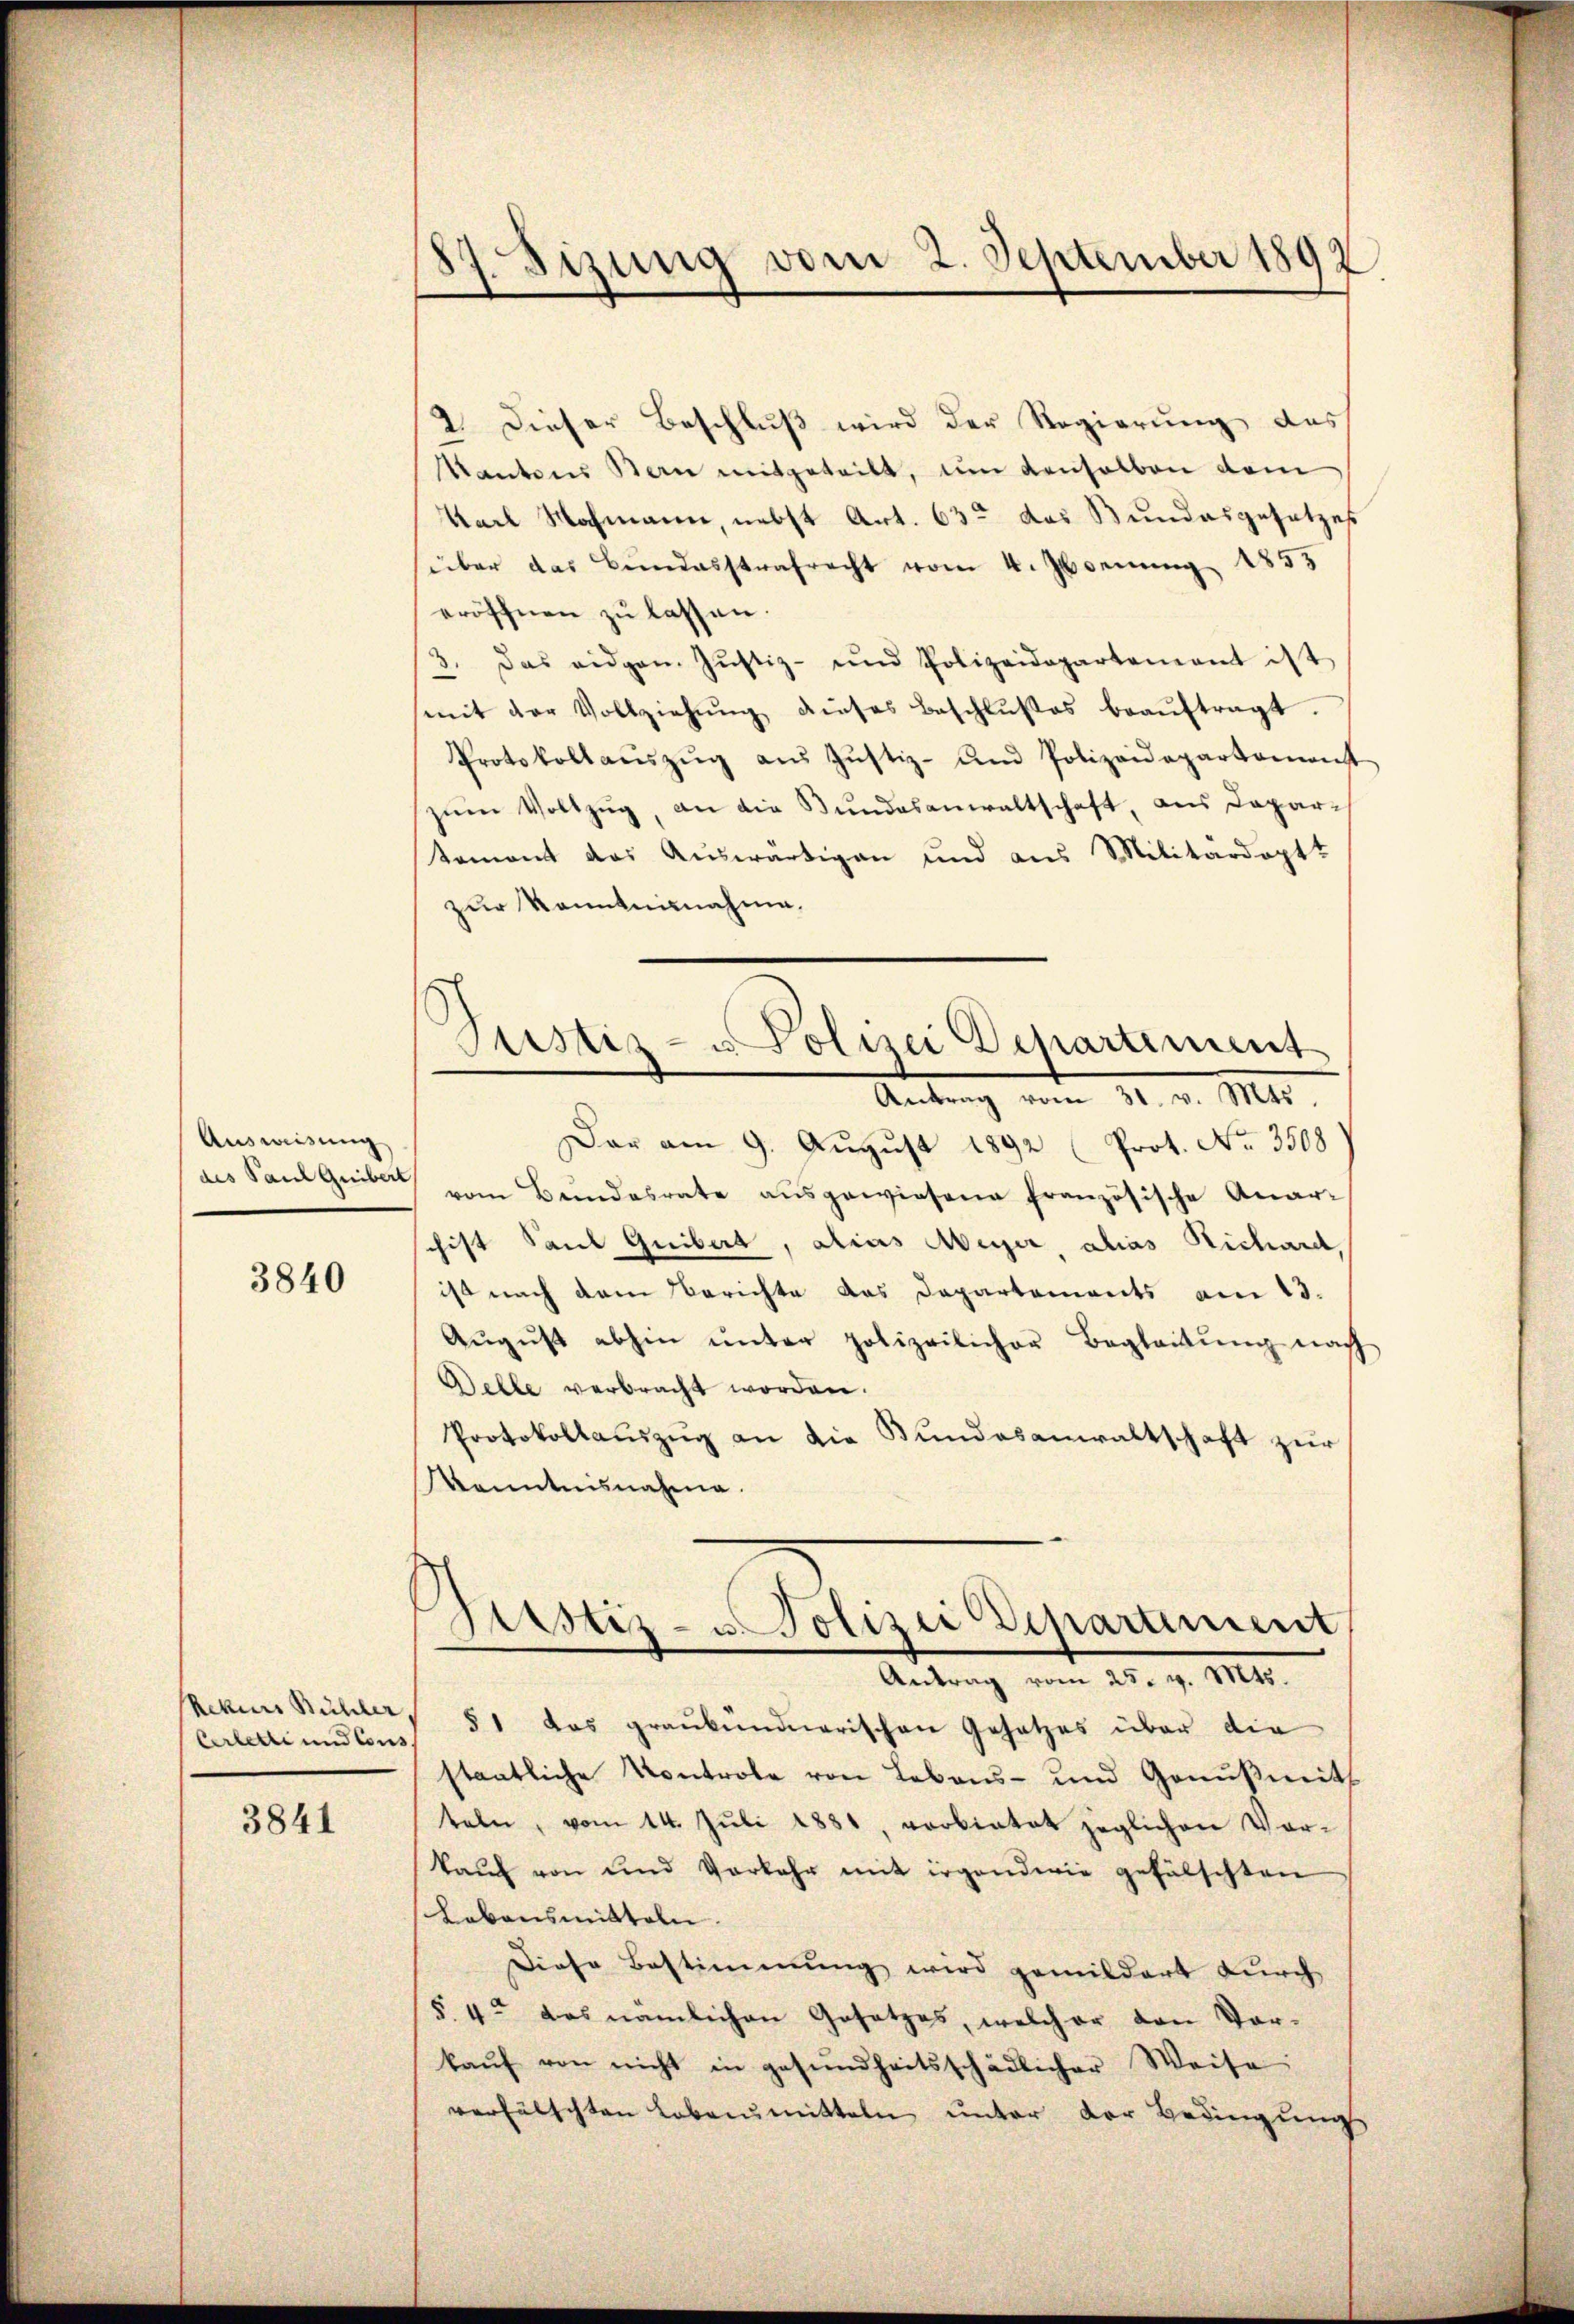
Ausweisung
des Paul Guibert,

3840

Cerlette und Cons

3841

87. Sizung vom 2. September 1892

2. Dieser Beschluß wird der Regierung des
Kantons San mitgeteilt, um denselben dem
Karl Nachmann, nebst Art. 63 das Bundesgesetzes
über das Bundesstrafrecht vom 4. Jannung 1853
eröffnen zu lassen.
3. Das eidgen. Jŭstiz- und Polizeidepartement ist
(mit der Vollziehŭng dieses Beschlußes beaŭftragt.
Protokollaŭszŭg aŭs Jŭstiz- und Polizeidepartemonst
zŭm Vollzug, an die Bundesanwaltschaft, aus Departemont das Auswärtigen und aus Militärdeptt
zur Kenntnisnahme.
.
Justiz- u Polizei Departement
Antrag vom 11. d. M.
Dar am 9. August 1892 (Prot. No. 3508
vom Bundesrate ausgewiesene französische Anar-
chist Saul Guibert, alias Meyer, alias Richardt,
ist nach dem Berichte das Departements am 13.
Aŭgŭst abhin ŭnter polizeilicher Begleitŭng nach
Delle verbracht worden.
Protokollauszug an die Bundesanwaltschaft zur
Kenntnisnahme.

Geistiz- u. Polizei Departement
Antrag vom 25. v. Mts.

Rekurs Bühler, 51 das graubündnerischen Gesetzes über die
staatliche Kontrole von Lebens- und Genußmit
teln, vom 14. Jŭli 1881, vorbietet jeglichen Vor-
kaŭf von und Vorkehr mit irgendwie gefälschten
Lebensmitteln.
Diese Bestimmung wird gemildert durch
§. 4. das nämlichen Gesetzes, welcher den Vorkaŭf von nicht in gesundheitsschädlicher Weise
verfälschten Lebensmitteln unter der Bedingungs